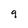
Character: 9